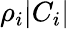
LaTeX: \rho_{i}|C_{i}|